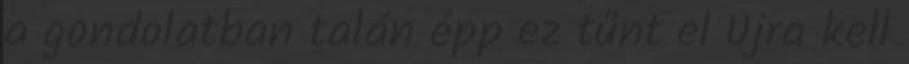
a gondolatban talán épp ez tűnt el Újra kell